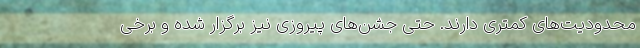
محدودیت‌های کمتری دارند. حتی جشن‌های پیروزی نیز برگزار شده و برخی